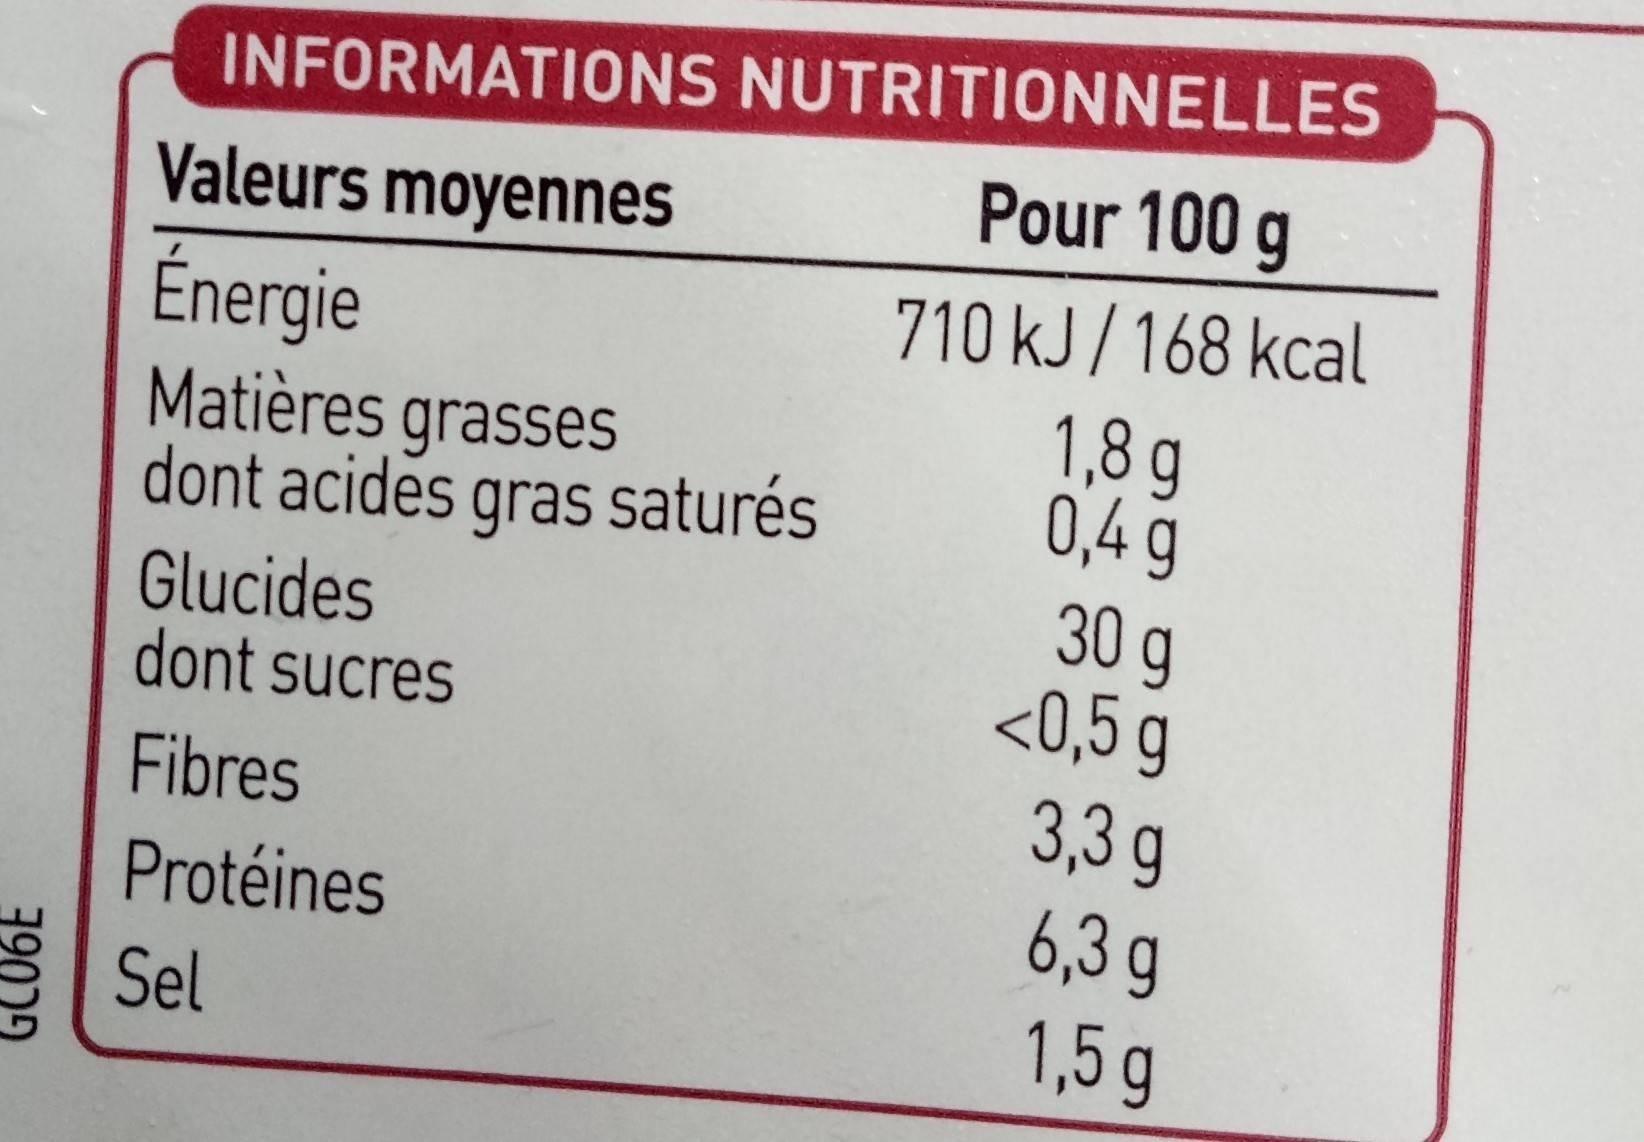
INFORMATIONS NUTRITIONNELLES
Pour 100 g
Valeurs moyennes
Énergie Matières grasses dont acides gras saturés
710 kJ/168 kcal 1,8 g 0,4g 30 g <0,5 g
Glucides dont sucres
3,3g 6,3 g 1,5 g
Fibres
Protéines
Sel
79029